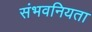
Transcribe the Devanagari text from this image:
संभवनियता